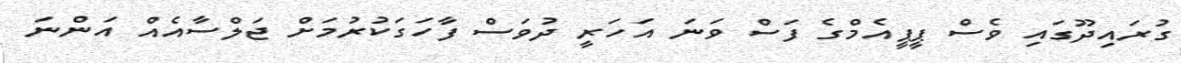
ގުރައިދޫގައި ވެސް ޕީޕީއެމްގެ ފަސް ވަނަ އަހަރީ ދުވަސް ފާހަގަކުރުމަށް ޖަލްސާއެއް އަންނަ